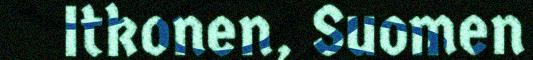
Itkonen, Suomen